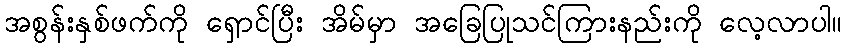
အစွန်းနှစ်ဖက်ကို ရှောင်ပြီး အိမ်မှာ အခြေပြုသင်ကြားနည်းကို လေ့လာပါ။